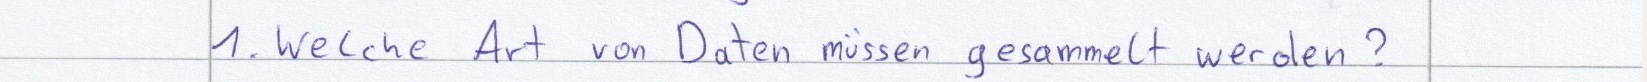
1. Welche Art von Daten müssen gesammelt werden?